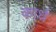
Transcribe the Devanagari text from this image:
कार्ध